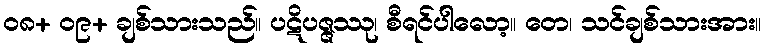
၀၈+ ၀၉+ ချစ်သားသည်။ ပဋိပဇ္ဇဿု၊ စီရင်ပါလော့။ တေ၊ သင်ချစ်သားအား။